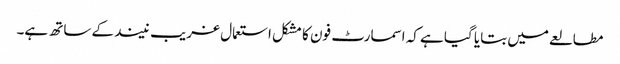
مطالعے میں بتایا گیا ہے کہ اسمارٹ فون کا مشکل استعمال غریب نیند کے ساتھ ہے۔